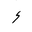
Letter: _hamza